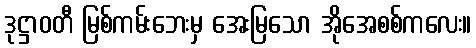
ဒုဋ္ဌာဝတီ မြစ်ကမ်းဘေးမှ အေးမြသော အိုအေစစ်ကလေး။